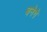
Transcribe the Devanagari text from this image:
बनेगे